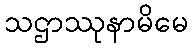
သဌာဿုနာမိမေ